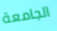
الجامعة